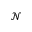
\mathcal { N }